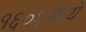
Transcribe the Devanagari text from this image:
१६०६मध्ये